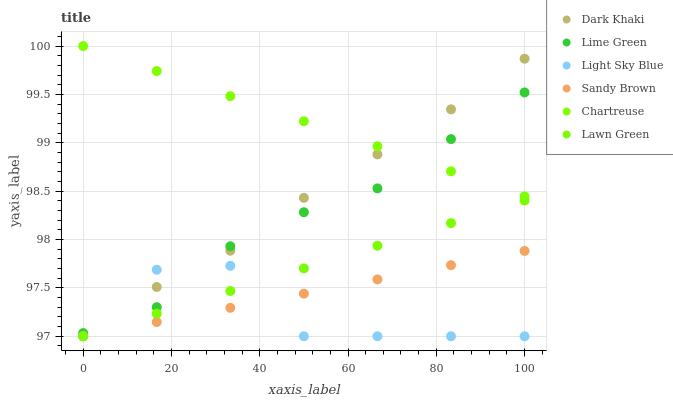
| xaxis_label | Dark Khaki | Lime Green | Light Sky Blue | Sandy Brown | Chartreuse | Lawn Green |
 | --- | --- | --- | --- | --- | --- | --- |
 | 0 | 97 | 97 | 97 | 97 | 100 | 97 |
 | 16.7 | 97.5 | 97.3 | 97.7 | 97.1 | 99.7 | 97.2 |
 | 33.3 | 97.9 | 97.9 | 97.7 | 97.3 | 99.5 | 97.5 |
 | 50 | 98.4 | 98.3 | 97 | 97.4 | 99.2 | 97.7 |
 | 66.7 | 98.9 | 98.5 | 97 | 97.6 | 99 | 97.9 |
 | 83.3 | 99.3 | 99 | 97 | 97.7 | 98.7 | 98.2 |
 | 100 | 99.9 | 99.5 | 97 | 97.9 | 98.4 | 98.4 |